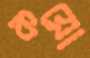
কয়ো